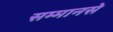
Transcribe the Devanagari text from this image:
सम्मानसे